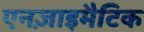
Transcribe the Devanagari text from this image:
एनज़ाइमैटिक